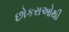
છોકરાઓથી